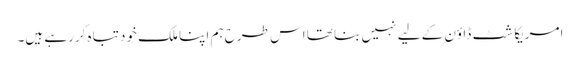
امریکا شٹ ڈاؤن کے لیے نہیں بنا تھا اس طرح ہم اپنا ملک خود تباہ کررہے ہیں۔